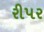
રીપર